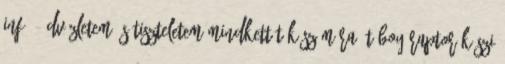
infó. Üdvözletem és tiszteletem mindkettőtök számára: T-boy Raptor köszi